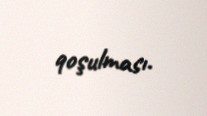
qoşulması.